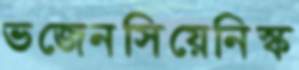
ভজেনসিয়েনিস্ক